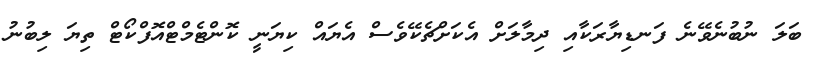
ބަލަ ނުބުނެވޭނެ ފަނޑިޔާރަކާއި ދިމާލަށް އެކަށްޗެކޭވެސް އެޔައް ކިޔަނީ ކޮންޓެމްޓްއޮފްކޯޓް ތިޔަ ލިބުނު